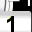
Digit: 1